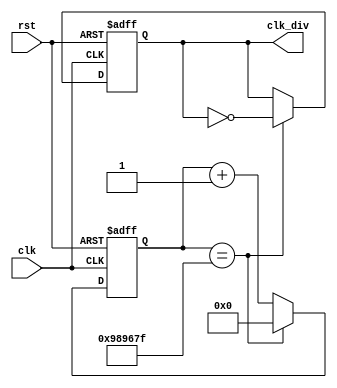

module clk_divider(
	input clk, rst,
	output reg clk_div
);

reg[31:0]  counter;
localparam target = 10000000;

always@(posedge clk or negedge rst)
begin
	if(rst == 0)
		counter <= 0;
	else if(counter == target-1)
		counter = 0;
	else
		counter = counter + 32'b1;
end

always@(posedge clk or negedge rst)
begin
	if(rst == 0)
		clk_div = 1'b0;
	else if(counter == target-1)
		clk_div = ~clk_div;
	else
		clk_div = clk_div;
end
endmodule